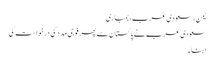
یمن، سعودی عرب، بمباری
سعودی عرب نے پاکستان سے پھر فوجی مدد کی درخواست کی
ابنا۔